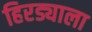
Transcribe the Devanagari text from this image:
हिरड्याला